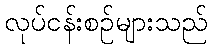
လုပ်ငန်းစဉ်များသည်